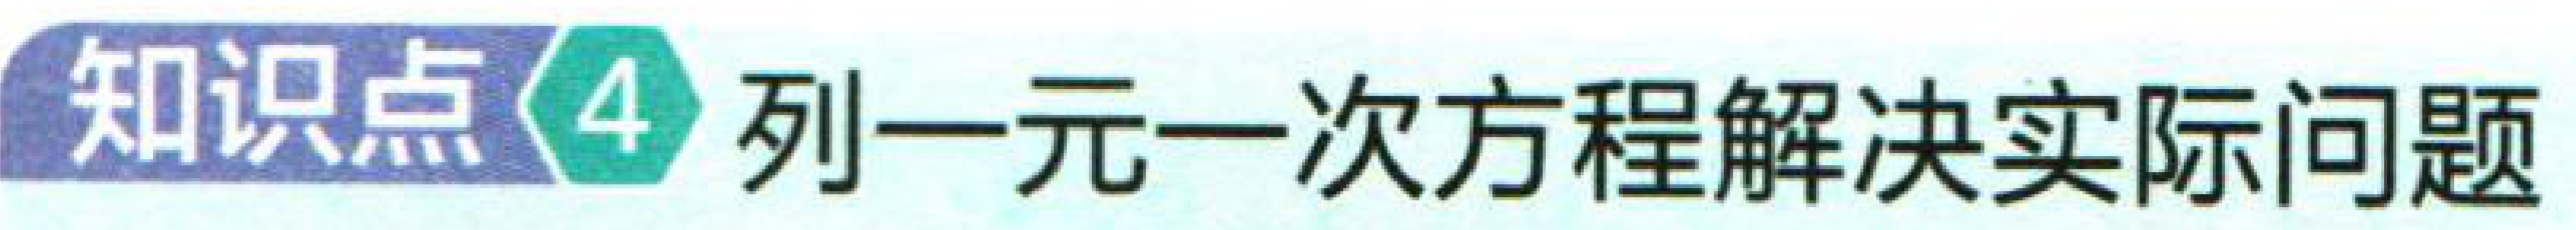
知识点4 列一元一次方程解决实际问题